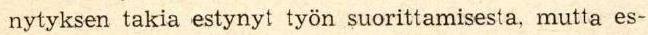
nytyksen takia estynyt työn suorittamisesta, mutta es-